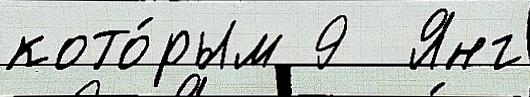
кото́рым 9  Янг